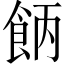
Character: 𩛄